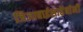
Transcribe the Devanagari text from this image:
जिजाबाईसाहेबांनी